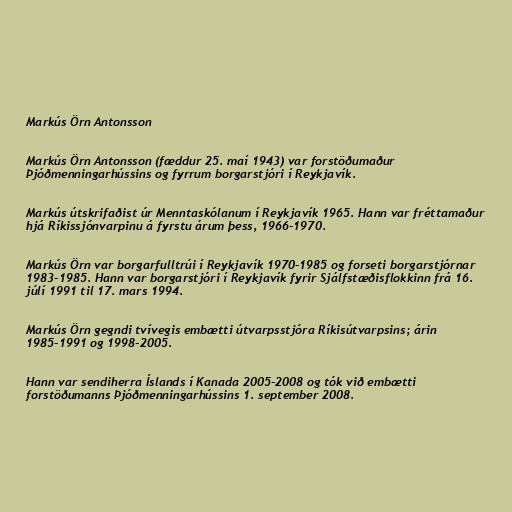
Markús Örn Antonsson

Markús Örn Antonsson (fæddur 25. maí 1943) var forstöðumaður
Þjóðmenningarhússins og fyrrum borgarstjóri í Reykjavík.

Markús útskrifaðist úr Menntaskólanum í Reykjavík 1965. Hann var fréttamaður
hjá Ríkissjónvarpinu á fyrstu árum þess, 1966-1970.

Markús Örn var borgarfulltrúi í Reykjavík 1970-1985 og forseti borgarstjórnar
1983-1985. Hann var borgarstjóri í Reykjavík fyrir Sjálfstæðisflokkinn frá 16.
júlí 1991 til 17. mars 1994.

Markús Örn gegndi tvívegis embætti útvarpsstjóra Ríkisútvarpsins; árin
1985-1991 og 1998-2005.

Hann var sendiherra Íslands í Kanada 2005-2008 og tók við embætti
forstöðumanns Þjóðmenningarhússins 1. september 2008.